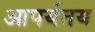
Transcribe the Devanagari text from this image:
आपर्यतय